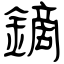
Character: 鏑